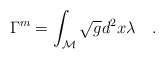
\begin{align*}\Gamma^{\tiny{m}}=\int_{\cal M} \sqrt{g} d^2x\lambda~~~.\end{align*}